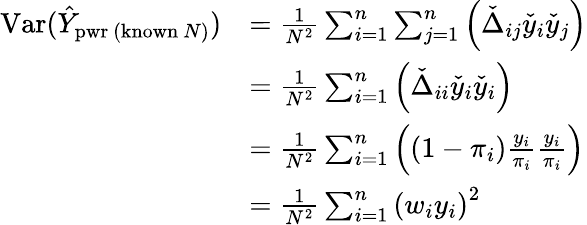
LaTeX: {\begin{array}{rl}{\operatorname{Var}({\hat{Y}}_{{\mathrm{pwr~(known~}}N{\mathrm{)}}})}&{={\frac{1}{N^{2}}}\sum_{i=1}^{n}\sum_{j=1}^{n}\left({\check{\Delta}}_{ij}{\check{y}}_{i}{\check{y}}_{j}\right)}\\ &{={\frac{1}{N^{2}}}\sum_{i=1}^{n}\left({\check{\Delta}}_{ii}{\check{y}}_{i}{\check{y}}_{i}\right)}\\ &{={\frac{1}{N^{2}}}\sum_{i=1}^{n}\left((1-\pi_{i}){\frac{y_{i}}{\pi_{i}}}{\frac{y_{i}}{\pi_{i}}}\right)}\\ &{={\frac{1}{N^{2}}}\sum_{i=1}^{n}\left(w_{i}y_{i}\right)^{2}}\end{array}}